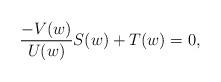
LaTeX: \begin{align*}\frac{-V(w)}{U(w)}S(w) + T(w) = 0,\end{align*}